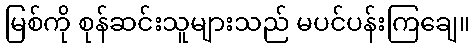
မြစ်ကို စုန်ဆင်းသူများသည် မပင်ပန်းကြချေ။